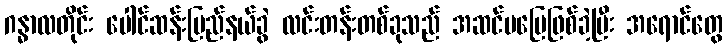
ဂန္ဓာလတိုင်း ပေါင်ဆန်းပြည်နယ်ခွဲ လင်းတန်းတစ်ခုသည် အဆင်မပြေဖြစ်ခဲ့ပြီး အရောင်တွေ